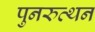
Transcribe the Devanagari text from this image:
पुनरुत्थन